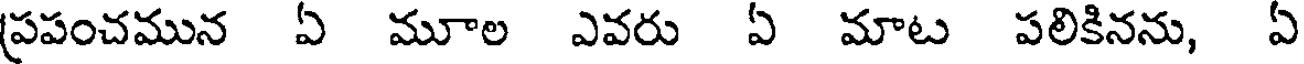
ప్రపంచమున ఏ మూల ఎవరు ఏ మాట పలికినను, ఏ